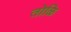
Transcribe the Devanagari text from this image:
तोळि